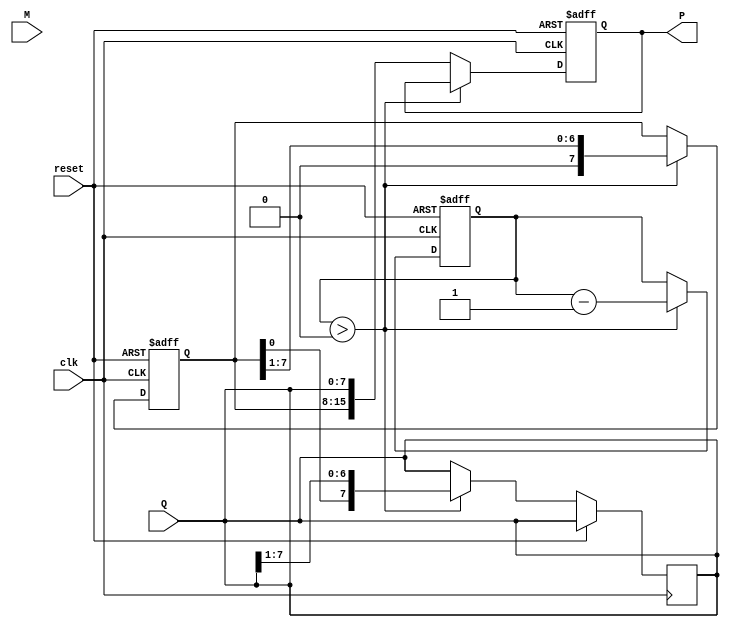
module booth_multiplier #(parameter n = 8) (
    input wire clk,               // Clock signal
    input wire reset,             // Reset signal
    input wire signed [n-1:0] M,  // Multiplicand
    input wire signed [n-1:0] Q,  // Multiplier
    output reg signed [2*n-1:0] P // Product
);
    reg signed [n-1:0] A;         // Accumulator
    reg Q_1;                      // Previous bit
    reg [3:0] count;              // Counter for iterations

    // State machine for Booth's algorithm
    always @(posedge clk or posedge reset) begin
        if (reset) begin
            // Initialize registers on reset
            P <= 0;
            A <= 0;
            Q_1 <= 0;
            count <= n; // Number of bits
        end else if (count > 0) begin
            // Booth's algorithm operations
            case ({Q[0], Q_1})
                2'b00: begin
                    // Do nothing
                end
                2'b01: begin
                    // A = A + M
                    A <= A + M;
                end
                2'b10: begin
                    // A = A - M
                    A <= A - M;
                end
                2'b11: begin
                    // Do nothing
                end
            endcase
            
            // Arithmetic right shift (A, Q)
            {A, Q} <= {A, Q} >> 1;
            Q_1 <= Q[0]; // Update previous bit register
            count <= count - 1; // Decrement the count
        end else begin
            // Final output
            P <= {A, Q}; // Store the final product
        end
    end
endmodule